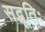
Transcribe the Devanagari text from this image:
सद्भूतिः